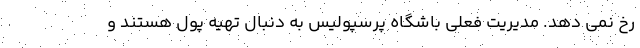
رخ نمی دهد. مدیریت فعلی باشگاه پرسپولیس به دنبال تهیه پول هستند و